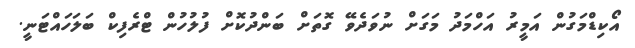
އޯކިޑްމަގުން އަމީރު އަހްމަދު މަގަށް ނުވަދެވޭ ގޮތަށް ބަންދުކޮށް ފުލުހުން ޓްރެފިކް ބަލަހައްޓަނީ.